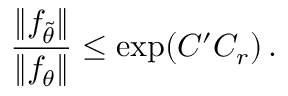
\frac { \| f _ { \widetilde { \theta } } \| } { \| f _ { \theta } \| } \leq \exp ( C ^ { \prime } C _ { r } ) \, .